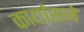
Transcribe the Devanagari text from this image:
कार्यासने